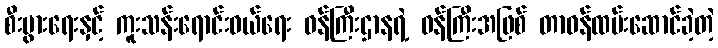
စီးပွားရေးနှင့် ကူးသန်းရောင်းဝယ်ရေး ဝန်ကြီးဌာနရဲ့ ဝန်ကြီးအဖြစ် တာဝန်ထမ်းဆောင်ခဲ့တဲ့